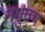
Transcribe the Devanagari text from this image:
मधुनच